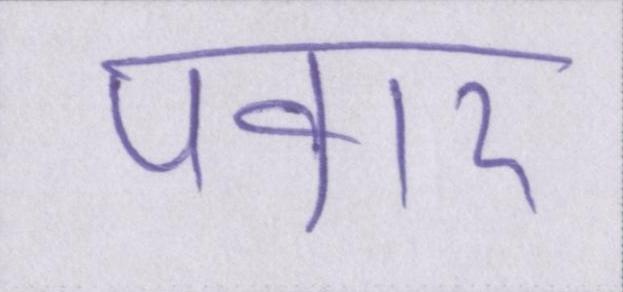
पवार